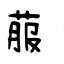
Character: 菔